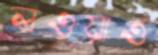
লওয়াও